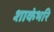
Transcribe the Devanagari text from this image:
शाकंभरि